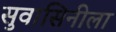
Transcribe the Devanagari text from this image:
सुवासिनीला